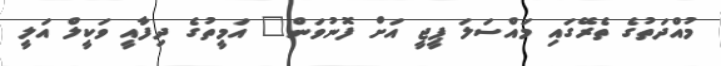
މުއްދަތުގެ ތެރޭގައި މައްސަލަ ޕީޖީ އަށް ފޮނުވަން" އަމީތުގެ ދިފާއީ ވަކީލް އަލީ